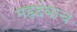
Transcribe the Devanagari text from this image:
महदंबाच